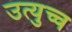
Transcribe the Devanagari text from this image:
उत्युच्च